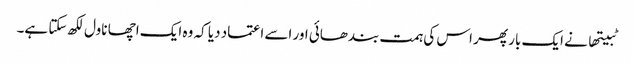
ٹبیتھا نے ایک بار پھر اس کی ہمت بندھائی اور اسے اعتماد دیا کہ وہ ایک اچھا ناول لکھ سکتا ہے۔